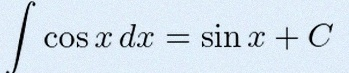
\int \cos x\,dx=\sin x+C